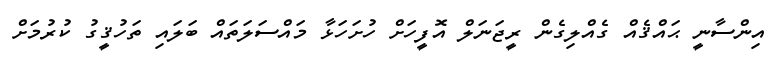
އިންސާނީ ޙައްޤެއް ގެއްލިގެން ރީޖަނަލް އޮފީހަށް ހުށަހަޅާ މައްސަލަތައް ބަލައި ތަހުޤީގު ކުރުމަށް